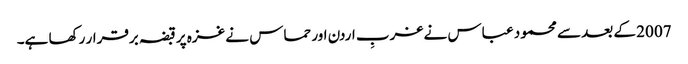
2007 کے بعد سے محمود عباس نے غربِ اردن اور حماس نے غزہ پر قبضہ برقرار رکھا ہے۔